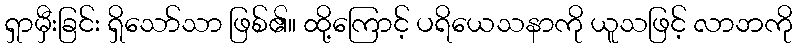
ရှာမှီးခြင်း ရှိသော်သာ ဖြစ်၏။ ထို့ကြောင့် ပရိယေသနာကို ယူသဖြင့် လာဘကို